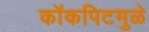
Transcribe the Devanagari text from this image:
कॉकपिटमुळे